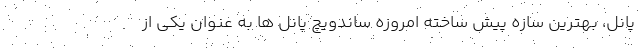
پانل، بهترین سازه پیش ساخته امروزه ساندویچ پانل ها به عنوان یکی از